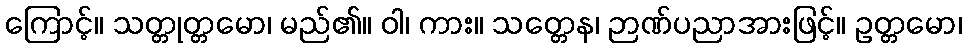
ကြောင့်။ သတ္တုတ္တမော၊ မည်၏။ ဝါ၊ ကား။ သတ္တေန၊ ဉာဏ်ပညာအားဖြင့်။ ဥတ္တမော၊